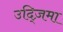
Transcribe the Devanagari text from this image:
उद्ज़िमा